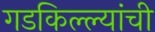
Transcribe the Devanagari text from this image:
गडकिल्ल्यांची